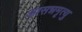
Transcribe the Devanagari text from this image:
आसन्नमृत्यु